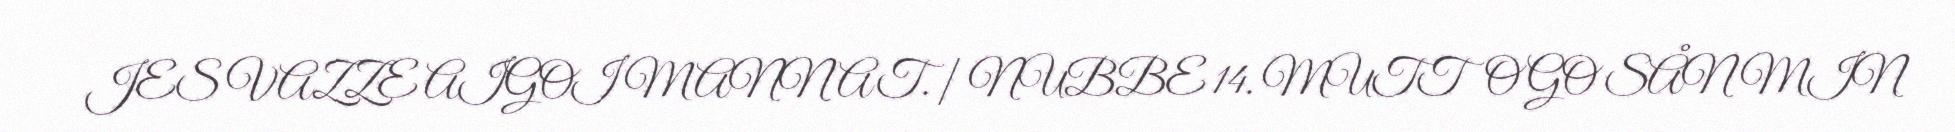
JES VAZZE AIGOI MANNAT. | NUBBE 14. MUTTO GO SÅN MIN